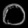
Digit: ၀